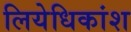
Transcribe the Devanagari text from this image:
लियेधिकांश